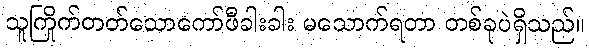
သူကြိုက်တတ်သောကော်ဖီခါးခါး မသောက်ရတာ တစ်ခုပဲရှိသည်။